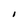
Character: I